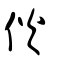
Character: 伙